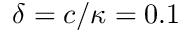
\delta = c / \kappa = 0 . 1